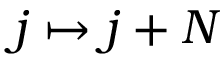
j \mapsto j + N